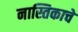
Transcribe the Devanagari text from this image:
नास्तिकाचे